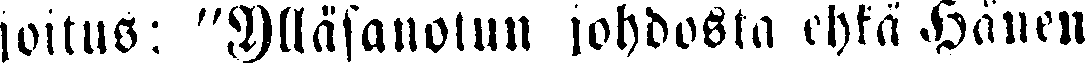
joitus: "Ylläsanotun johdosta ehkä Hänen